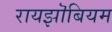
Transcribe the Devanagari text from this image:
रायझॊबियम